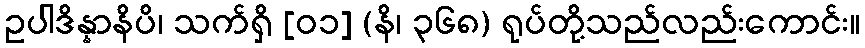
ဥပါဒိန္နာနိပိ၊ သက်ရှိ [၀၁] (နိ၊ ၃၆၈) ရုပ်တို့သည်လည်းကောင်း။